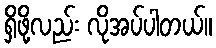
ရှိဖို့လည်း လိုအပ်ပါတယ်။